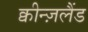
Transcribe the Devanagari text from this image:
क्वीन्ज़लैंड